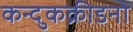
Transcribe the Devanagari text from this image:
कन्दुकक्रीडनो